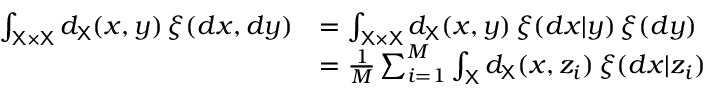
\begin{array} { r l } { \int _ { { \mathsf X } \times { \mathsf X } } d _ { { \mathsf X } } ( x , y ) \, \xi ( d x , d y ) } & { = \int _ { { \mathsf X } \times { \mathsf X } } d _ { { \mathsf X } } ( x , y ) \, \xi ( d x | y ) \, \xi ( d y ) } \\ & { = \frac { 1 } { M } \sum _ { i = 1 } ^ { M } \int _ { { \mathsf X } } d _ { { \mathsf X } } ( x , z _ { i } ) \, \xi ( d x | z _ { i } ) } \end{array}